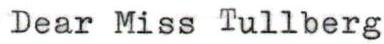
Dear Miss Tullberg